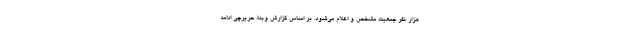
هزار نفر جمعیت مشخص و اعلام می‌شود. بر اساس گزارش وبدا، حریرچی ادامه